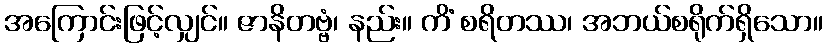
အကြောင်းဖြင့်လျှင်။ ဇာနိတဗ္ဗံ၊ နည်း။ ကိံ စရိတဿ၊ အဘယ်စရိုက်ရှိသော။